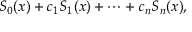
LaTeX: S _ { 0 } ( x ) + c _ { 1 } S _ { 1 } ( x ) + \cdots + c _ { n } S _ { n } ( x ) ,